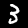
Digit: 3